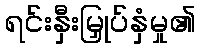
ရင်းနှီးမြှုပ်နှံမှု၏